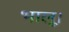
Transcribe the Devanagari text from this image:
भालू।